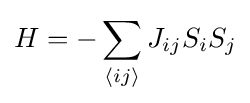
H=-\sum _{\langle ij\rangle }J_{ij}S_{i}S_{j}